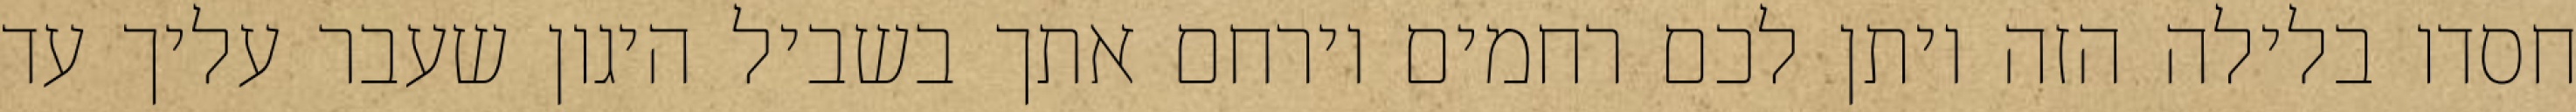
חסדו בלילה הזה ויתן לכם רחמים וירחם אתך בשביל היגון שעבר עליך עד